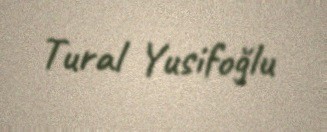
Tural Yusifoğlu